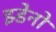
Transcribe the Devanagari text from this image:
झ्डेनो